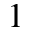
1